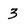
Character: 3